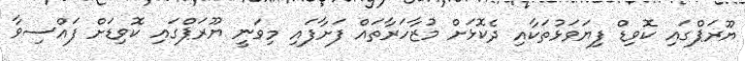
ޔޫރަޕްގައި ކޮވިޑް ފިޔަވަޅުތަކާއި ދެކޮޅަށް މުޒާހަރާތައް ފަށާފައި މިވަނީ ޔޫރަޕްގައި ކޮވިޑަށް ފައްސިވާ